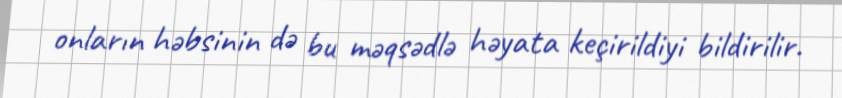
onların həbsinin də bu məqsədlə həyata keçirildiyi bildirilir.